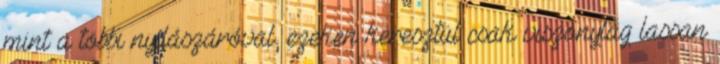
mint a többi nyílászáróval, ezeken keresztül csak viszonylag lassan